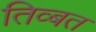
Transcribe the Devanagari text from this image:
तिव्बत